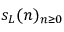
s _ { L } ( n ) _ { n \geq 0 }